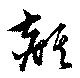
麒